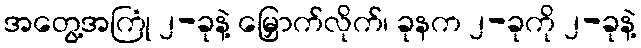
အတွေ့အကြုံ ၂-ခုနဲ့ မြှောက်လိုက်၊ ခုနက ၂-ခုကို ၂-ခုနဲ့